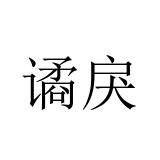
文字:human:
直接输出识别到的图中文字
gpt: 谲戾